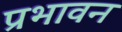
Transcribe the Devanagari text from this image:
प्रभावन